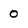
Character: 0